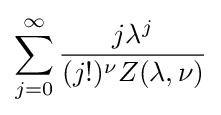
\sum _{j=0}^{\infty }{\frac {j\lambda ^{j}}{(j!)^{\nu }Z(\lambda ,\nu )}}